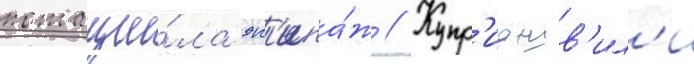
потащи́ла эк'ипа́ж // Купр'иашв'ил'и